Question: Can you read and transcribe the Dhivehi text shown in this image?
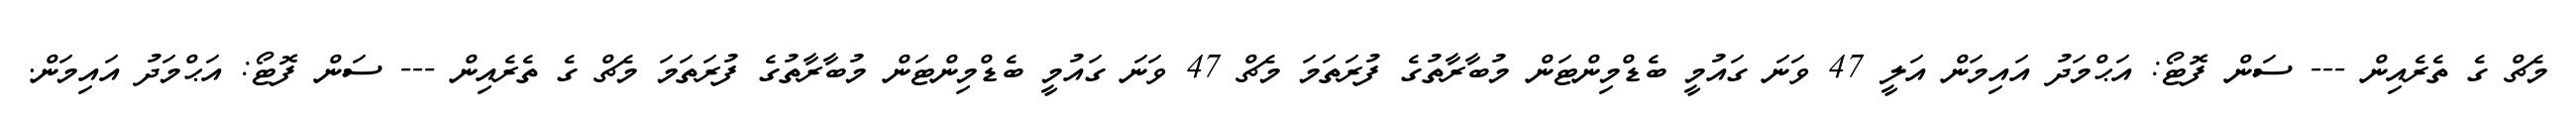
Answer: މެޗް ގެ ތެރެއިން --- ސަން ފޮޓޯ: އަޙްމަދު އައިމަން އަލީ 47 ވަނަ ގައުމީ ބެޑްމިންޓަން މުބާރާތުގެ ފުރަތަމަ މެޗް 47 ވަނަ ގައުމީ ބެޑްމިންޓަން މުބާރާތުގެ ފުރަތަމަ މެޗް ގެ ތެރެއިން --- ސަން ފޮޓޯ: އަޙްމަދު އައިމަން.